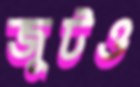
জুটও